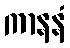
ကာနနံ